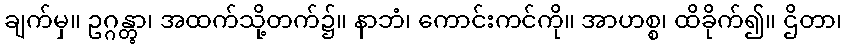
ချက်မှ။ ဥဂ္ဂန္တွာ၊ အထက်သို့တက်၌။ နာဘံ၊ ကောင်းကင်ကို။ အာဟစ္စ၊ ထိခိုက်၍။ ဌိတာ၊